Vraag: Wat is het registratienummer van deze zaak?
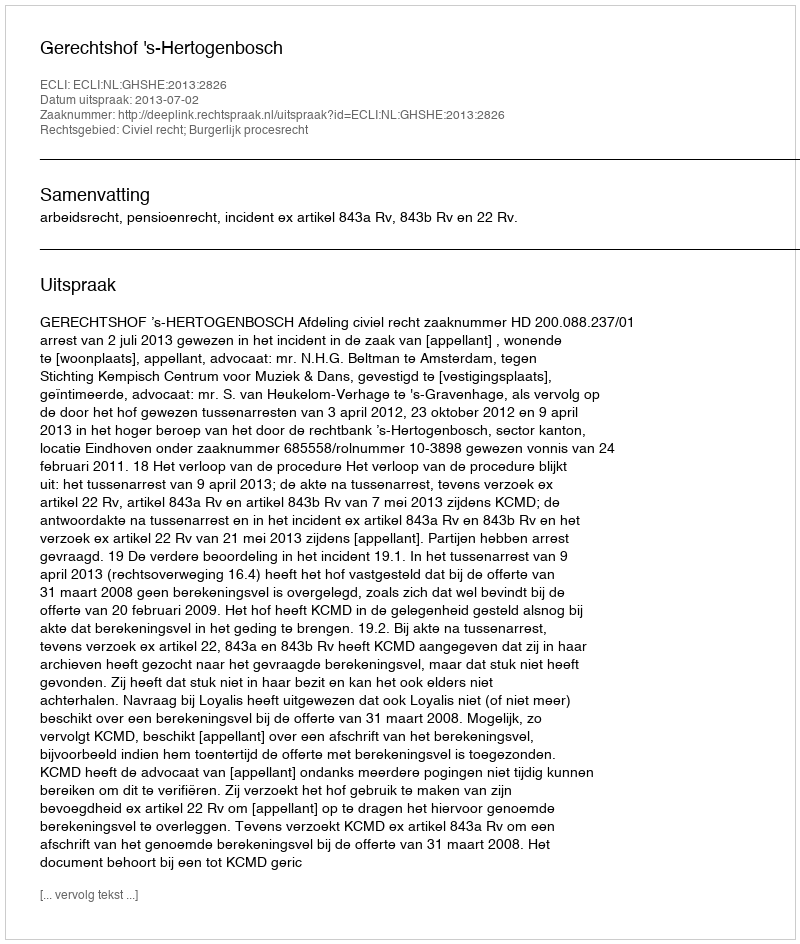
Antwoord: http://deeplink.rechtspraak.nl/uitspraak?id=ECLI:NL:GHSHE:2013:2826